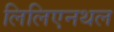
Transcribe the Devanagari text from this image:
लिलिएनथल